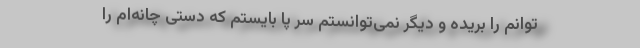
توانم را بریده و دیگر نمی‌توانستم سر پا بایستم که دستی چانه‌ام را